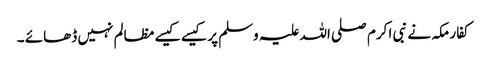
کفار مکہ نے نبی ا کرم صلی اللہ علیہ وسلم پر کیسے کیسے مظالم نہیں ڈھائے ۔